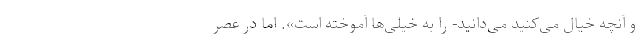
و آنچه خیال می‌کنید می‌دانید- را به خیلی‌ها آموخته است». اما در عصر